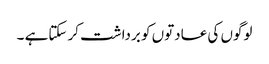
لوگوں کی عادتوں کو برداشت کر سکتاہے ۔